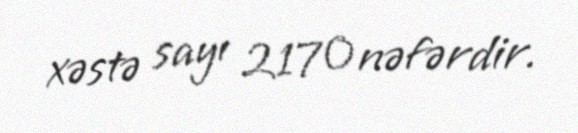
xəstə sayı 2170 nəfərdir.